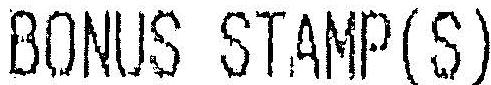
BONUS STAMP (S)